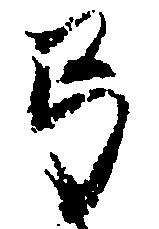
弓